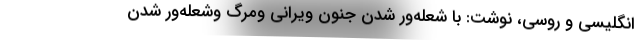
انگلیسی و روسی، نوشت: با شعله‌ور شدن جنون ویرانی ومرگ وشعله‌ور شدن